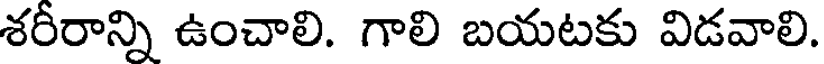
శరీరాన్ని ఉంచాలి. గాలి బయటకు విడవాలి.